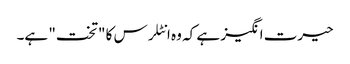
حیرت انگیز ہے کہ وہ انٹلرس کا "تخت" ہے۔